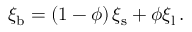
\xi _ { \mathrm { b } } = \left( 1 - \phi \right) \xi _ { \mathrm { s } } + \phi \xi _ { \mathrm { l } } \, .